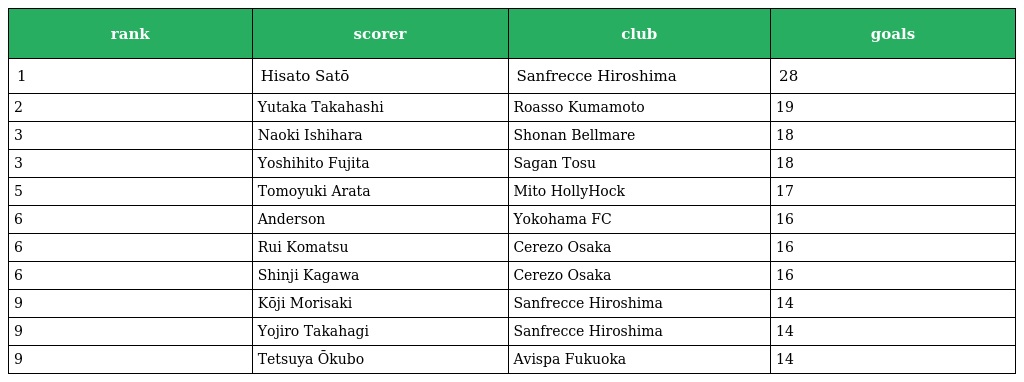
| rank | scorer | club | goals |
 | --- | --- | --- | --- |
 | 1 | Hisato Satō | Sanfrecce Hiroshima | 28 |
 | 2 | Yutaka Takahashi | Roasso Kumamoto | 19 |
 | 3 | Naoki Ishihara | Shonan Bellmare | 18 |
 | 3 | Yoshihito Fujita | Sagan Tosu | 18 |
 | 5 | Tomoyuki Arata | Mito HollyHock | 17 |
 | 6 | Anderson | Yokohama FC | 16 |
 | 6 | Rui Komatsu | Cerezo Osaka | 16 |
 | 6 | Shinji Kagawa | Cerezo Osaka | 16 |
 | 9 | Kōji Morisaki | Sanfrecce Hiroshima | 14 |
 | 9 | Yojiro Takahagi | Sanfrecce Hiroshima | 14 |
 | 9 | Tetsuya Ōkubo | Avispa Fukuoka | 14 |